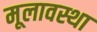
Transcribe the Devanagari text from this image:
मूलावस्था